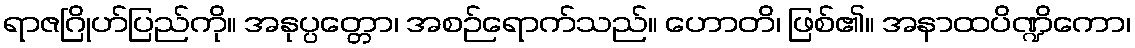
ရာဇဂြိုဟ်ပြည်ကို။ အနုပ္ပတ္တော၊ အစဉ်ရောက်သည်။ ဟောတိ၊ ဖြစ်၏။ အနာထပိဏ္ဍိကော၊